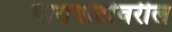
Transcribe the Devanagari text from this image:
पायवाटांवरील